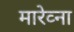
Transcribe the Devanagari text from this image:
मारेव्ना